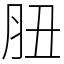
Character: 䏔